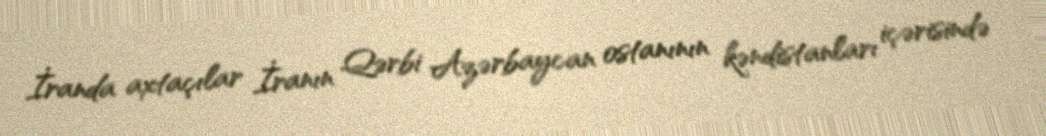
İranda axtaçılar İranın Qərbi Azərbaycan ostanının kəndistanları içərisində